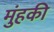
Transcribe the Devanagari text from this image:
मुंहकी